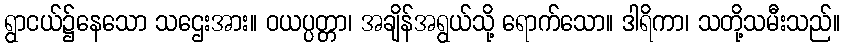
ရွာငယ်၌နေသော သဌေးအား။ ဝယပ္ပတ္တာ၊ အချိန်အရွယ်သို့ ရောက်သော။ ဒါရိကာ၊ သတို့သမီးသည်။